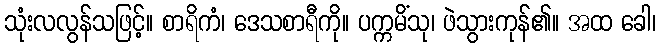
သုံးလလွန်သဖြင့်။ စာရိကံ၊ ဒေသစာရီကို။ ပက္ကမိံသု၊ ဖဲသွားကုန်၏။ အထ ခေါ၊